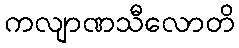
ကလျာဏသီလောတိ